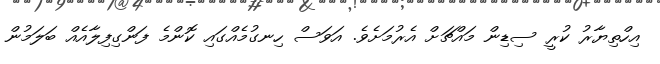
އިހްތިޔާރު ކުރީ ސިޑިން މައްޗަށް އެރުމަށެވެ. އަވަސް ހިނގުމެއްގައި ކޮންމެ ފަންގިފިލާއެއް ބަލަމުން